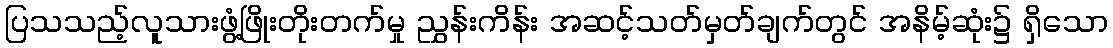
ပြသသည့်လူသားဖွံ့ဖြိုးတိုးတက်မှု ညွှန်းကိန်း အဆင့်သတ်မှတ်ချက်တွင် အနိမ့်ဆုံး၌ ရှိသော